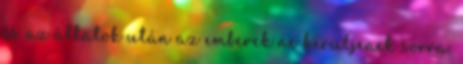
és az állatok után az emberek ne kerüljenek sorra.